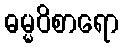
ဓမ္မဝိစာရော